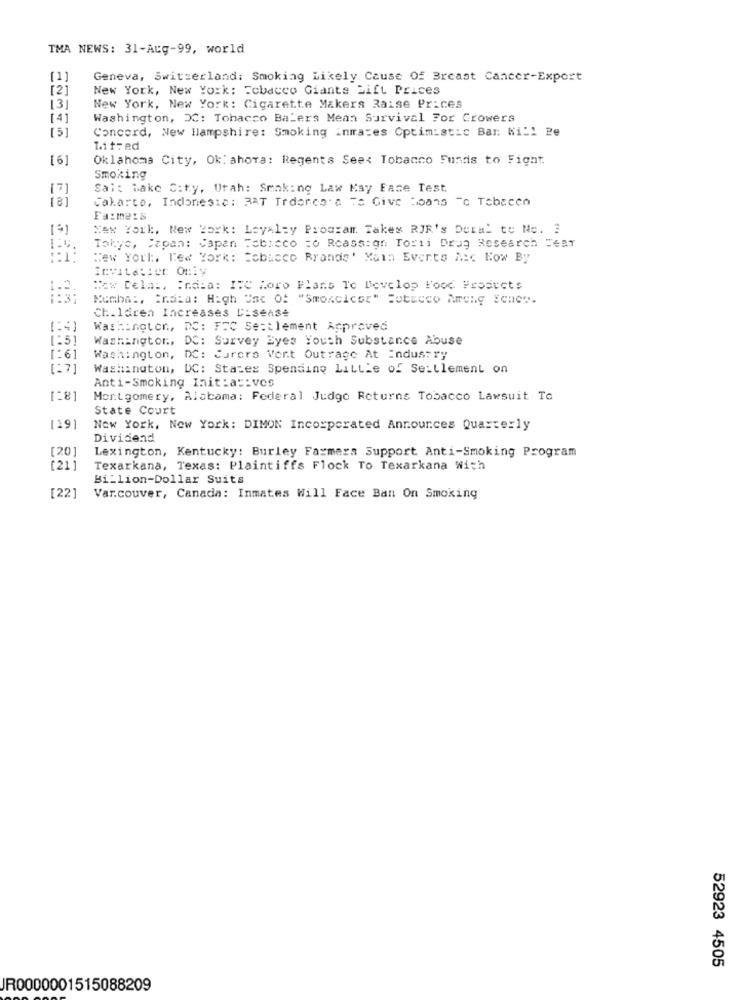
TMA NEWS: 31-Aug-99, world
[1]
Geneva, Switzerland: Smoking Likely Cause Of Breast Cancer-Export
[2]
New York, New York: Fcbacco Giants Lift Prices
13
New York, New York: Cigarette Makers Raise Prices
[4]
Washington, DC: Tobacco Balers Mean Survival For Growers
[5]
Concord, New Hampshire: Smoking inmates Optimistic Bar. Will Be
Mitred
[6]
Oklahoma City, Ok: ahora: Regents Seet Tobacco Funds to Fight.
Smoking
[7]
Salt Lake City, Utah: Smaking Law Kay Face Test
Cakarco, Indonesia: RAT Tronco a To Give toans To Tobacco
Farmers
Nex York, New York: Loyalty Program. Takes RIR's Deral to Ne. 3
Tokyo, Japan: Japan Tobacco to Rcass:gr. Torii Drug Research =4af
New York. Led York: tobacco Ryands' Main Events Asc How By
Icvitasier Only
How Cela :, India: ITC horo Plans To Develop Food Products
Kumba :, Praia: High Usc Of "Smoxcicsr" Fotecco Among Eche".
Ch.1dren Increases C:Sense
[24]
Washington, DC: FFC Settlement Approved
1:5]
Washington, DC: Survey Eyes Youth Substance Abuse
1:6]
Washington, DC: Curers Vert Outrage At Industry
1: 7]
Washington, DC: States Spending Little of Settlement on
Anti-Smoking Init:a :: ves
[:8]
Montgomery, Alabama: Federal Judge Returns Tobacco Lawsuit To
State Court
[19]
New York, New York: DIMON Incorporated Announces Quarterly
Dividend
[20]
Lexington, Kentucky: Burley Farmers Support Anti-Smoking Program
(21]
Texarkana, Texas: Plaintiffs Flock To Texarkana With
Billion-Dollar Suits
[22]
Var.couver, Canada: Inmates Will Face Ban On Smoking
52923 4505
JR0000001515088209